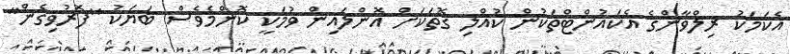
އެކަމަކު ރިލްވާންގެ އެކައުންޓްތަކުން ކުއްލި ގޮތަކަށް އޮންލައިން ވުމަކީ ކޮންމެވެސް ބަޔަކު "ފޮރުވިގެން"